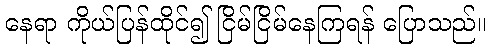
နေရာ ကိုယ်ပြန်ထိုင်၍ ငြိမ်ငြိမ်နေကြရန် ပြောသည်။